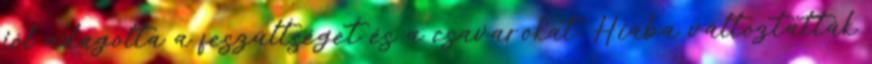
jól adagolta a feszültséget és a csavarokat. Hiába változtatták